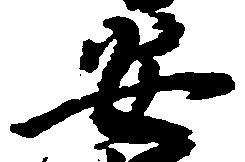
安